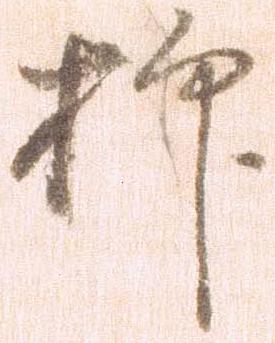
抑